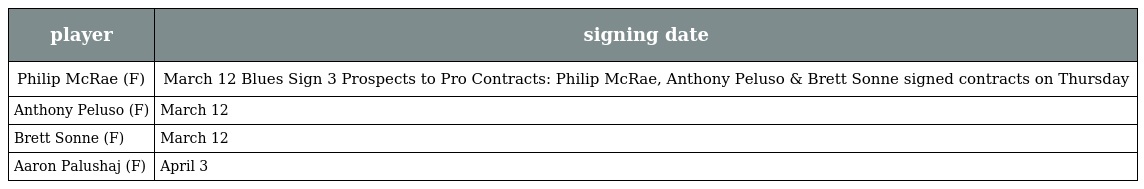
| player | signing date |
 | --- | --- |
 | Philip McRae (F) | March 12 Blues Sign 3 Prospects to Pro Contracts: Philip McRae, Anthony Peluso & Brett Sonne signed contracts on Thursday |
 | Anthony Peluso (F) | March 12 |
 | Brett Sonne (F) | March 12 |
 | Aaron Palushaj (F) | April 3 |